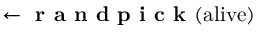
\leftarrow \mathrm { \textbf { r a n d p i c k } } ( \mathrm { a l i v e } )